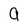
Character: 9